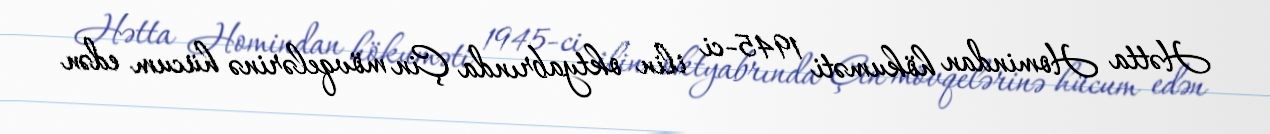
Hətta Homindan hökuməti 1945-ci ilin oktyabrında Çin mövqelərinə hücum edən